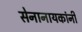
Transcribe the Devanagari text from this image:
सेनानायकांनी